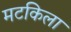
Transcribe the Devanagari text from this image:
मटकिला